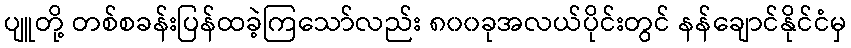
ပျူတို့ တစ်စခန်းပြန်ထခဲ့ကြသော်လည်း ၈၀၀ခုအလယ်ပိုင်းတွင် နန်ချောင်နိုင်ငံမှ